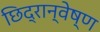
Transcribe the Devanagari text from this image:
छिद्रान्वेष्ण